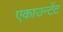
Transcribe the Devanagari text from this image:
एकाउन्टेंट